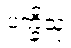
ပက္ခိသု